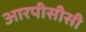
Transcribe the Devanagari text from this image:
आरपीसीसी